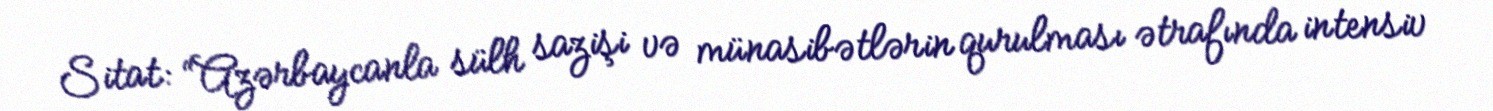
Sitat: “Azərbaycanla sülh sazişi və münasibətlərin qurulması ətrafında intensiv